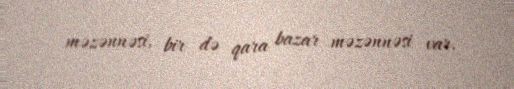
məzənnəsi, bir də qara bazar məzənnəsi var.